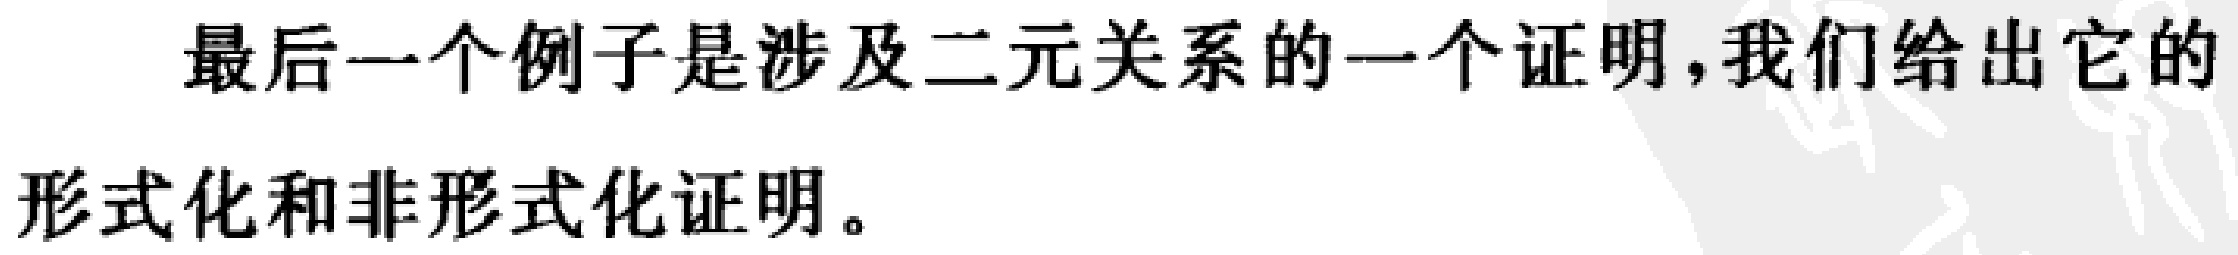
最后一个例子是涉及二元关系的一个证明，我们给出它的
形式化和非形式化证明。